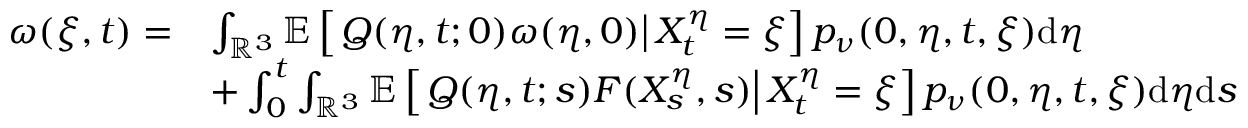
\begin{array} { r l } { \omega ( \xi , t ) = } & { \int _ { \mathbb { R } ^ { 3 } } \mathbb { E } \left[ \left. Q ( \eta , t ; 0 ) \omega ( \eta , 0 ) \right| X _ { t } ^ { \eta } = \xi \right] p _ { \nu } ( 0 , \eta , t , \xi ) \mathrm { d } \eta } \\ & { + \int _ { 0 } ^ { t } \int _ { \mathbb { R } ^ { 3 } } \mathbb { E } \left[ \left. Q ( \eta , t ; s ) F ( X _ { s } ^ { \eta } , s ) \right| X _ { t } ^ { \eta } = \xi \right] p _ { \nu } ( 0 , \eta , t , \xi ) \mathrm { d } \eta \mathrm { d } s } \end{array}